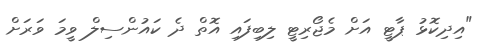
"އިދިކޮޅު ޕާޓީ އަށް މެޖޯރިޓީ ލިބިފައި އޮތް ދެ ކައުންސިލް ވީމަ ވަރަށް